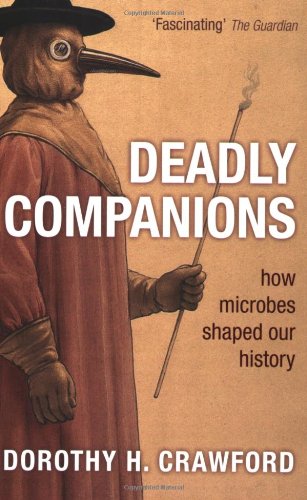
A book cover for Deadly Companions: How Microbes Shaped Our History; Dorothy H. Crawford; Medical Books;